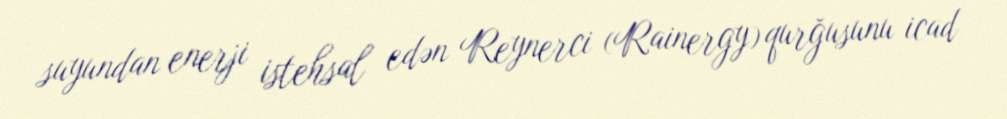
suyundan enerji istehsal edən Reynerci (Rainergy) qurğusunu icad